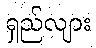
ရှည်လျား